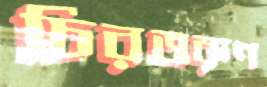
চিরতরুণ